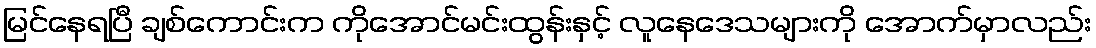
မြင်နေရပြီ ချစ်ကောင်းက ကိုအောင်မင်းထွန်းနှင့် လူနေဒေသများကို အောက်မှာလည်း